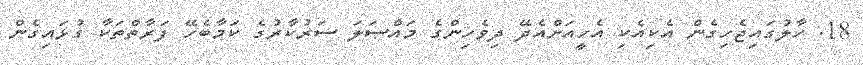
18. ހާލުގައިޖެހިގެން އެކިއެކި އެހީއަށްއެދޭ ދިވެހިންގެ މައްސަލަ ސަރުކާރުގެ ކަމާބެހޭ ފަރާތްތަކާ ގުޅައިގެން